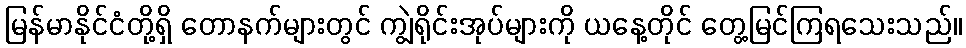
မြန်မာနိုင်ငံတို့ရှိ တောနက်များတွင် ကျွဲရိုင်းအုပ်များကို ယနေ့တိုင် တွေ့မြင်ကြရသေးသည်။